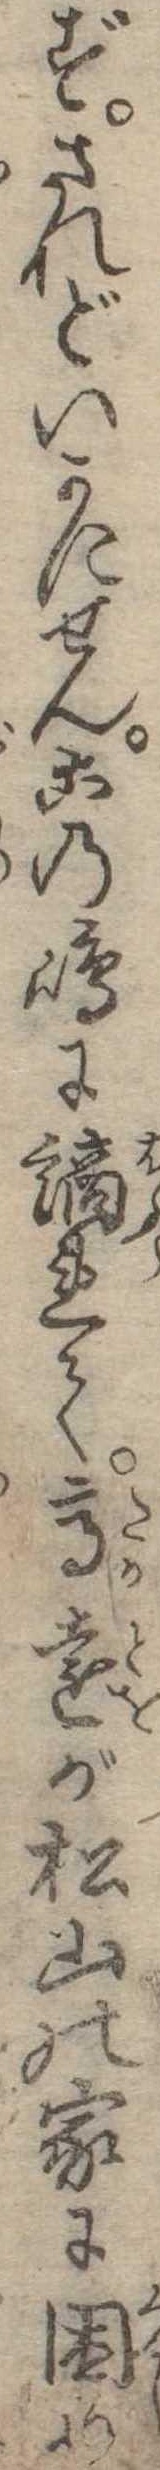
ずされどいかにせんこの島に謫れて高遠が松山の家に困め